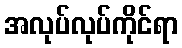
အလုပ်လုပ်ကိုင်ရာ